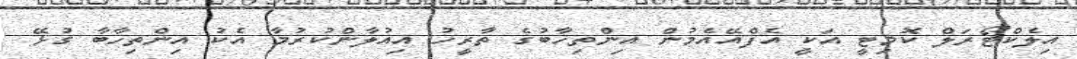
އިލެކްޓޯރަލް ކޮމިޓީ އަކީ އެފްއޭއެމުން އިންތިހާބުގެ ތާރީހު އިއުލާންކުރުމާ އެކު އިންތިހާބާ ގުޅޭ